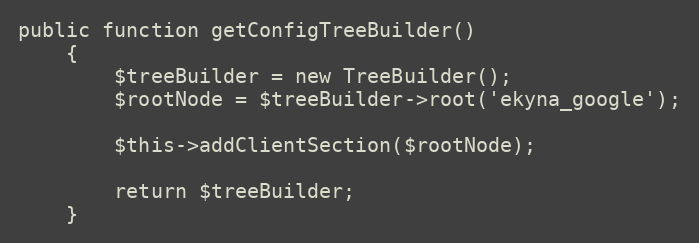
Language: PHP
public function getConfigTreeBuilder()
    {
        $treeBuilder = new TreeBuilder();
        $rootNode = $treeBuilder->root('ekyna_google');

        $this->addClientSection($rootNode);

        return $treeBuilder;
    }